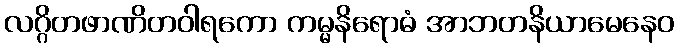
လဂ္ဂိတဖာဏိတဝါရကော ကမ္မနိရောဓံ အာဘတနိယာမေနေဝ